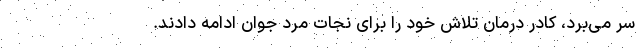
سر می‌برد، کادر درمان تلاش خود را برای نجات مرد جوان ادامه دادند.